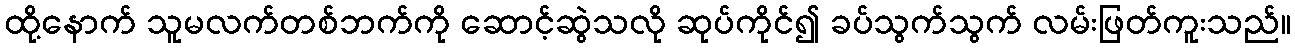
ထို့နောက် သူမလက်တစ်ဘက်ကို ဆောင့်ဆွဲသလို ဆုပ်ကိုင်၍ ခပ်သွက်သွက် လမ်းဖြတ်ကူးသည်။